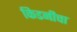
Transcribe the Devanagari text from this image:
किडनीचा